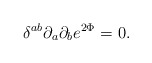
\begin{align*}\delta^{ab}\partial_a\partial_b e^{2\Phi} = 0.\end{align*}